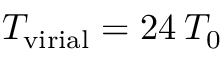
T _ { \mathrm { v i r i a l } } = 2 4 \: T _ { 0 }